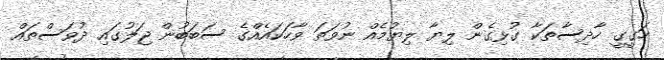
ހަގީގީ ހާދިސާތަކާ ގުޅިގެން ލިޔާ ލިޔުމެއް ނުވަތަ ވާހަކައެއްގެ ސަބަބުން ޖަލުގައި ދުވަސްތައް